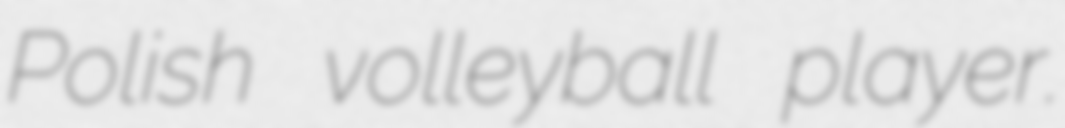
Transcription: Polish volleyball player.